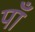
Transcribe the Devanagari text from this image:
पाँ